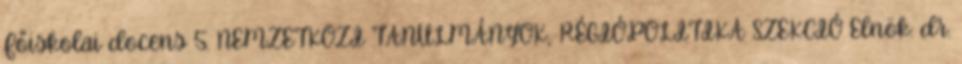
Főiskolai docens 5. NEMZETKÖZI TANULMÁNYOK, RÉGIÓPOLITIKA SZEKCIÓ Elnök: dr.